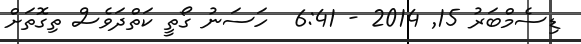
ޑިސެމްބަރު 15